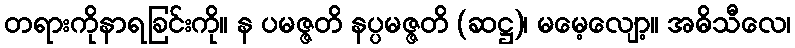
တရားကိုနာရခြင်းကို။ န ပမဇ္ဇတိ နပ္ပမဇ္ဇတိ (ဆဋ္ဌ)၊ မမေ့လျော့။ အဓိသီလေ၊